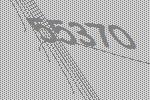
55370